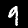
Label: 9